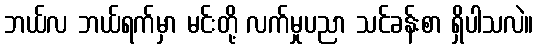
ဘယ်လ ဘယ်ရက်မှာ မင်းတို့ လက်မှုပညာ သင်ခန်းစာ ရှိပါသလဲ။